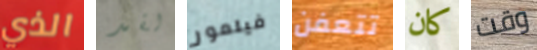
الذي لقد فيلمور تتعفن كان وقت